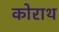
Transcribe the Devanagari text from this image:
कोराथ